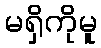
မရှိကိုမူ